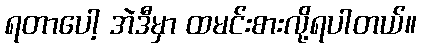
ရတာပေါ့ အဲဒီမှာ ထမင်းစားလို့ရပါတယ်။